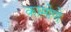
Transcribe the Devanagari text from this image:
कामोणे